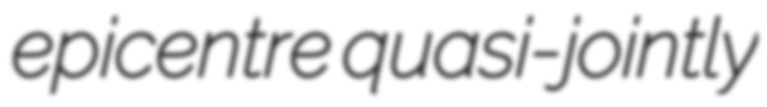
epicentre quasi-jointly